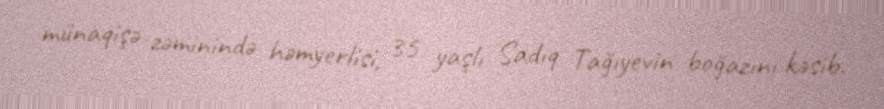
münaqişə zəminində həmyerlisi, 35 yaşlı Sadıq Tağıyevin boğazını kəsib.